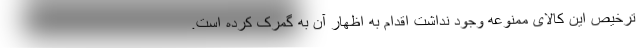
ترخیص این کالای ممنوعه وجود نداشت اقدام به اظهار آن به گمرک کرده است.